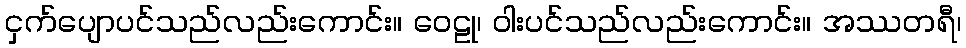
ငှက်ပျောပင်သည်လည်းကောင်း။ ဝေဠု၊ ဝါးပင်သည်လည်းကောင်း။ အဿတရီ၊